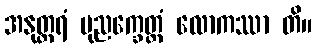
အနုတ္တရံ ပုညက္ခေတ္တံ လောကဿာ တိ။